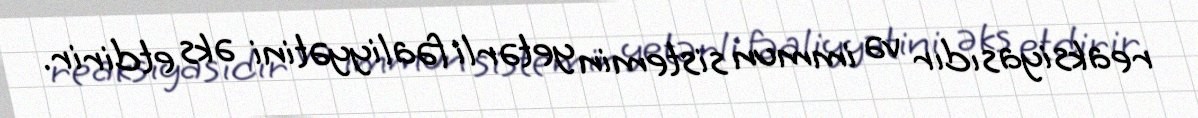
reaksiyasıdır və immun sistemin yetərli fəaliyyətini əks etdirir.